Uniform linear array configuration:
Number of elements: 48
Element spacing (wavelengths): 1
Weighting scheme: uniform
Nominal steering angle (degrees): -60
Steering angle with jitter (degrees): -58.06
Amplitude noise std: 0.05
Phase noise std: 0.05

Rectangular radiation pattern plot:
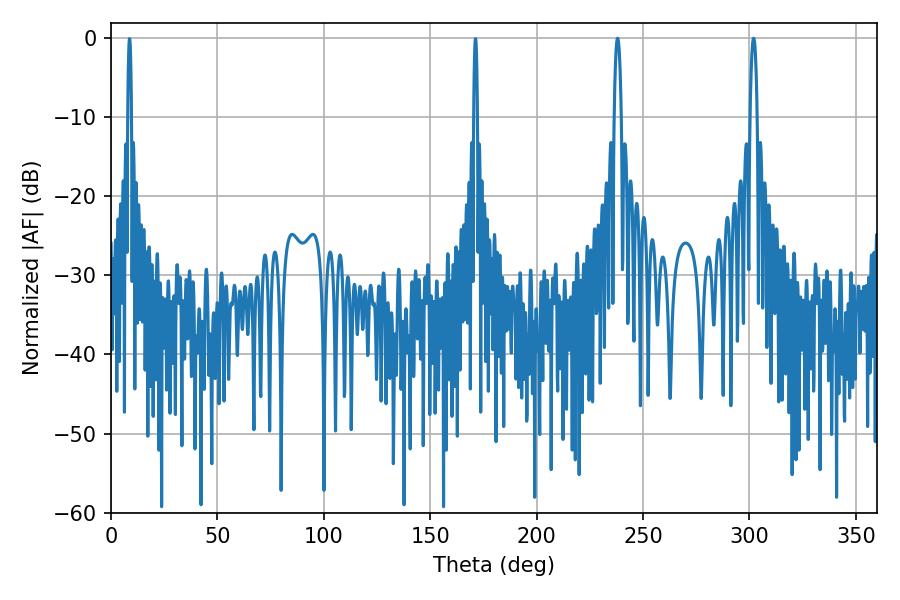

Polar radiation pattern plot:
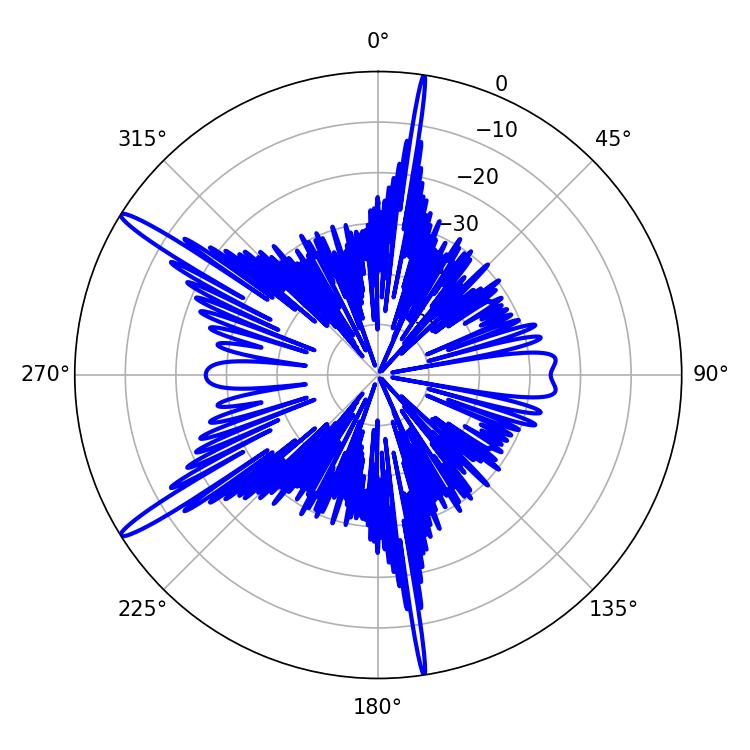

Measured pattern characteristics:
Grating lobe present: TRUE
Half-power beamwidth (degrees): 1.98
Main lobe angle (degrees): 237.96